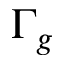
\Gamma _ { g }